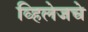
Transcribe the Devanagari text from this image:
व्हिलेजचे